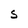
Character: S